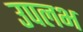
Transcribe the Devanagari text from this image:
उपलभ